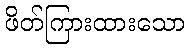
ဖိတ်ကြားထားသော